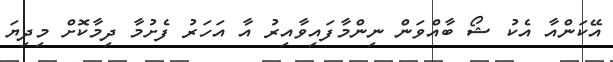
އޭކަންއާ އެކު ޝޯ ބާއްވަން ނިންމާފައިވާއިރު އާ އަހަރު ފެށުމާ ދިމާކޮށް މިދިޔަ